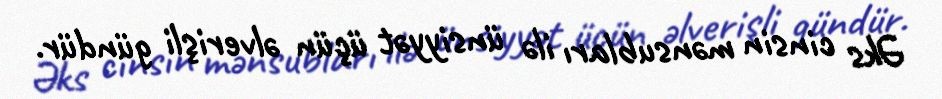
Əks cinsin mənsubları ilə ünsiyyət üçün əlverişli gündür.